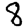
Digit: 8